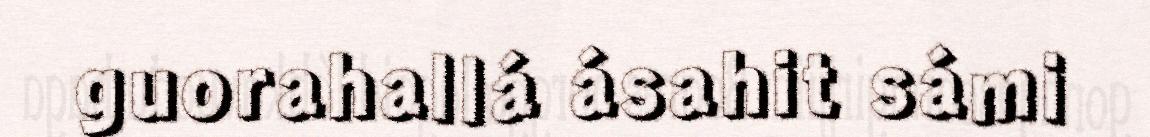
guorahallá ásahit sámi